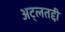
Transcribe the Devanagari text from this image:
अट्लतद्दी